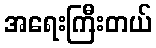
အရေးကြီးတယ်